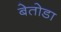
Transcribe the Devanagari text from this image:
बेतोडा